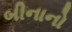
બીનાનો